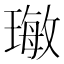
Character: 𤨨